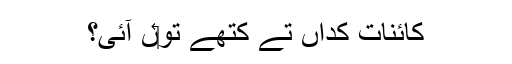
کائنات کِداں تے کتھے تو‏ں آئی؟